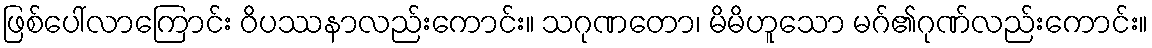
ဖြစ်ပေါ်လာကြောင်း ဝိပဿနာလည်းကောင်း။ သဂုဏတော၊ မိမိဟူသော မဂ်၏ဂုဏ်လည်းကောင်း။